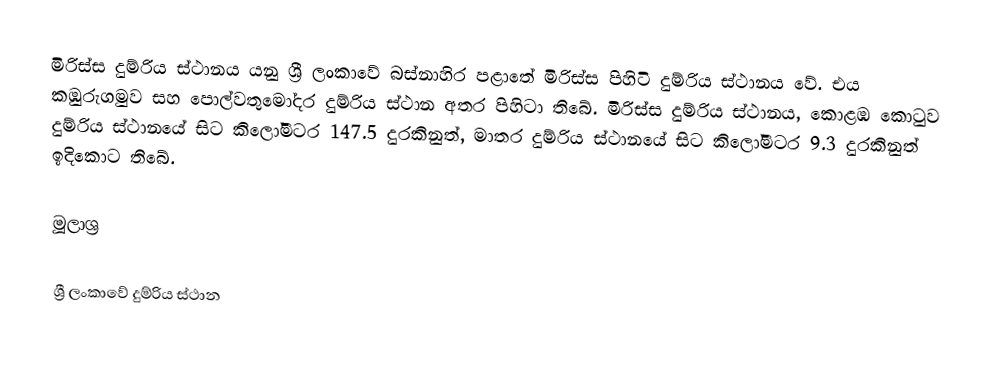
මිරිස්ස දුම්රිය ස්ථානය යනු ශ්‍රී ලංකාවේ බස්නාහිර පළාතේ මිරිස්ස පිහිටි දුම්රිය ස්ථානය වේ. එය කඹුරුගමුව සහ පොල්වතුමෝදර දුම්රිය ස්ථාන අතර පිහිටා තිබේ. මිරිස්ස දුම්රිය ස්ථානය, කොළඹ කොටුව දුම්රිය ස්ථානයේ සිට කිලෝමීටර 147.5 දුරකිනුත්, මාතර දුම්රිය ස්ථානයේ සිට කිලෝමීටර 9.3 දුරකිනුත් ඉදිකොට තිබේ.

මූලාශ්‍ර

ශ්‍රී ලංකාවේ දුම්රිය ස්ථාන